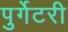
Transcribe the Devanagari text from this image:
पुर्गेटरी